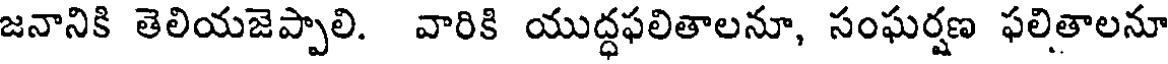
జనానికి తెలియజెప్పాలి. వారికి యుద్ధఫలితాలనూ, సంఘర్షణ ఫలితాలనూ